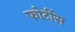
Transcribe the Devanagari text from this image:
फोर्टीस